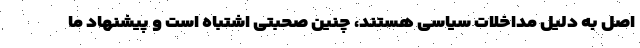
اصل به دلیل مداخلات سیاسی هستند، چنین صحبتی اشتباه است و پیشنهاد ما